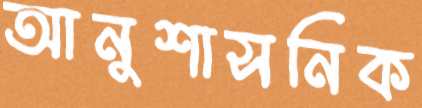
আনুশাসনিক